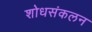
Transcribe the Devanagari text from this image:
शोधसंकलन